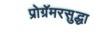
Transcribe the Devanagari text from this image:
प्रोग्रॅमरसुद्धा